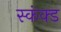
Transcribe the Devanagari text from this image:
स्कंक्ड